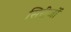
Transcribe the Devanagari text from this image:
सिरींजों